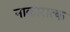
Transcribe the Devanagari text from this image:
नाकारात्क